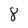
Character: 8